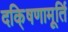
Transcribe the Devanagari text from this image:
दकि्षणामूर्ति